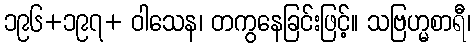
၁၉၆+၁၉၇+ ဝါသေန၊ တကွနေခြင်းဖြင့်။ သဗြဟ္မစာရီ၊